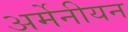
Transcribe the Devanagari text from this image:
अर्मेनीयन